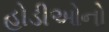
હોડીઓનો